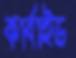
কার্বাইড